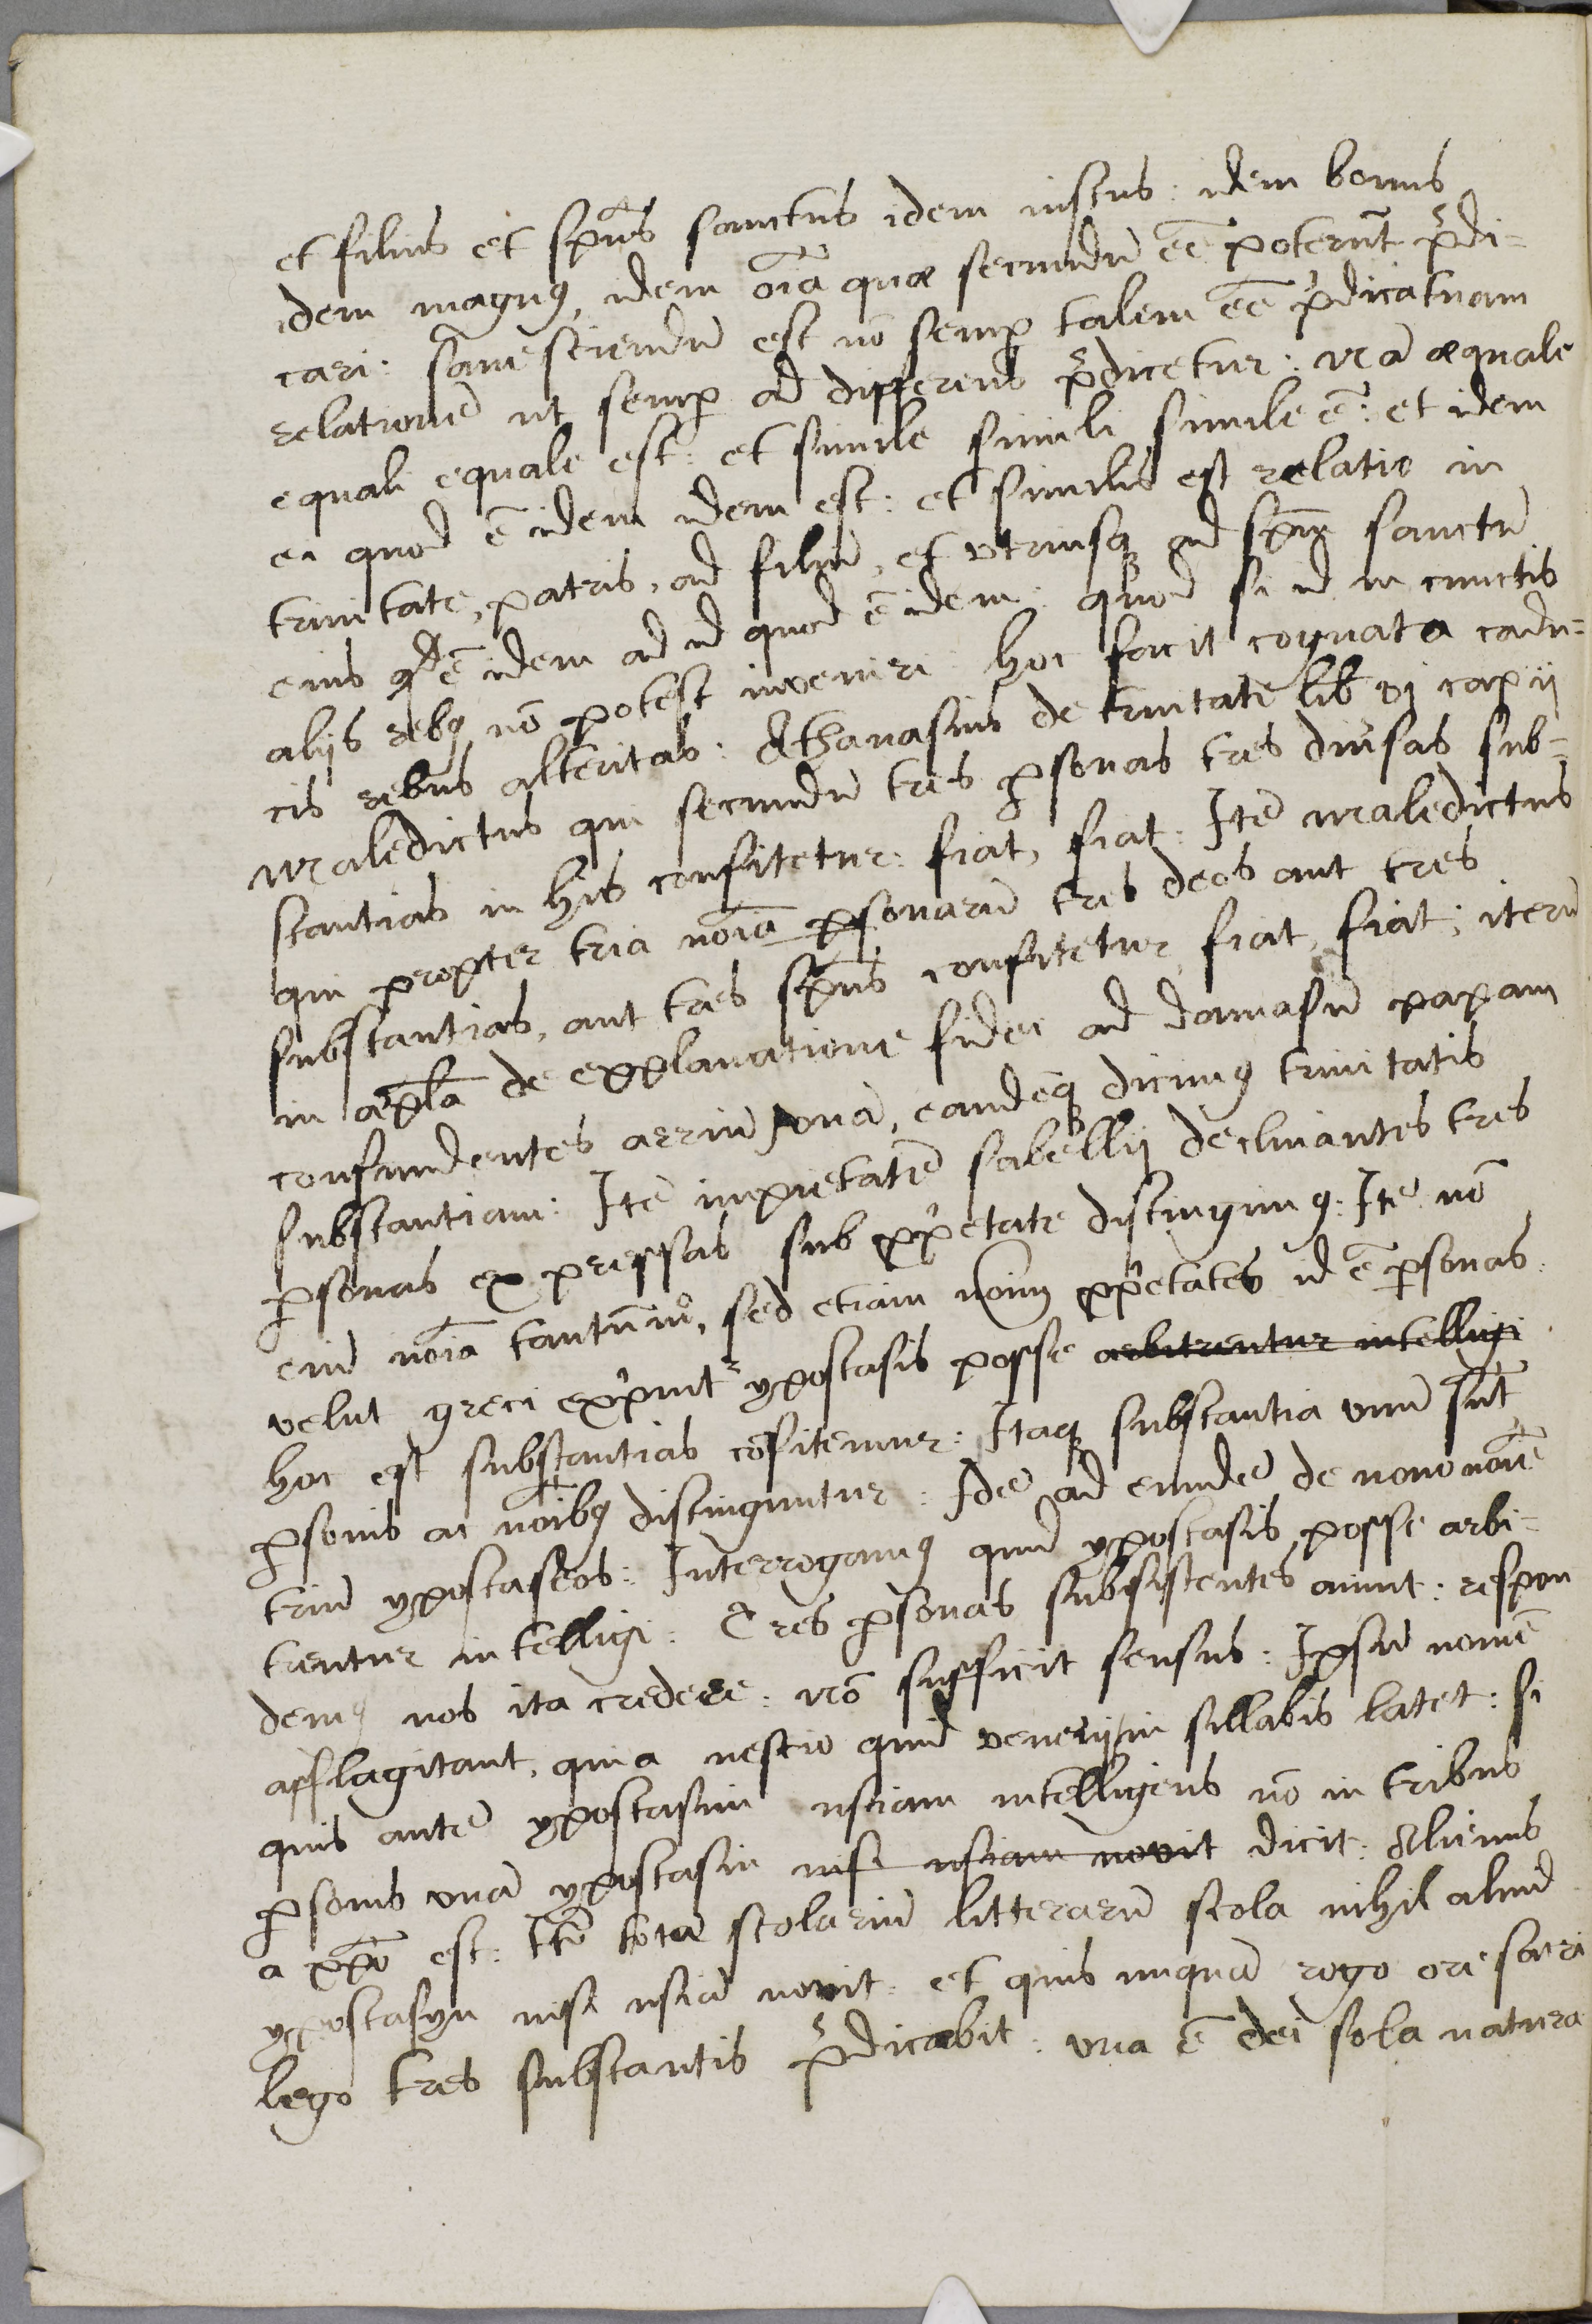
Shelfmark: Cambridge, Corpus Christi College, MS 165
Century: 16